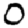
Digit: 0